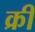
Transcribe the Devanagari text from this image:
क्रीं